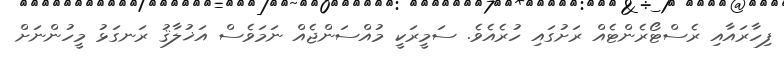
ފިހާރައާއި ރެސްޓޯރެންޓެއް ރަށުގައި ހުރެއެވެ. ސަމީރަކީ މުއްސަންޖެއް ނަމަވެސް އަޚުލާޤު ރަނގަޅު މީހުންނަށް